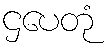
ဌပေတုံ